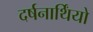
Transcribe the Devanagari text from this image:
दर्षनार्थिंयो